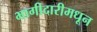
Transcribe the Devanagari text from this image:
भागीदारीमधून